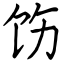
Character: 饬